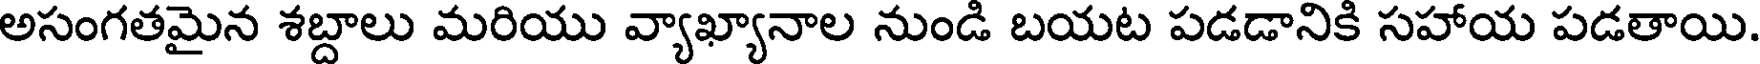
అసంగతమైన శబ్దాలు మరియు వ్యాఖ్యానాల నుండి బయట పడడానికి సహాయ పడతాయి.